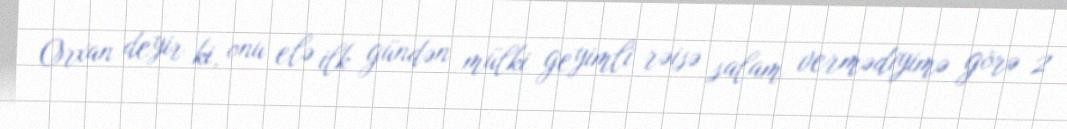
Orxan deyir ki, onu elə ilk gündən mülki geyimli rəisə salam vermədiyimə görə 2